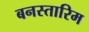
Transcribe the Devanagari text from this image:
बनस्तारिम